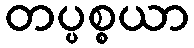
တပ္ပစ္စယာ